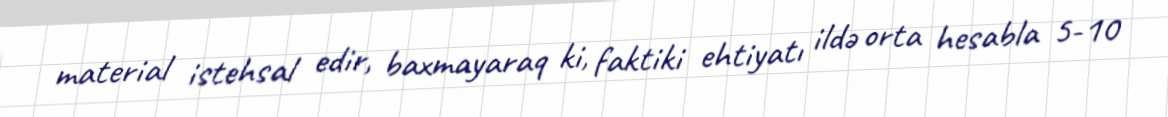
material istehsal edir, baxmayaraq ki, faktiki ehtiyatı ildə orta hesabla 5-10